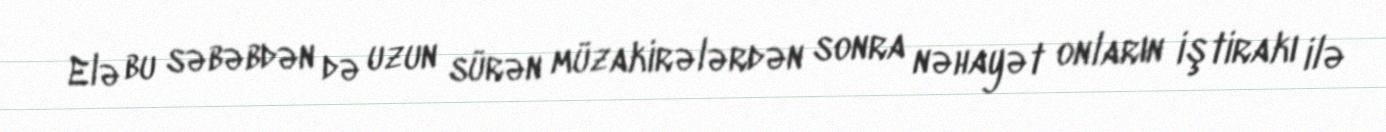
Elə bu səbəbdən də uzun sürən müzakirələrdən sonra nəhayət onların iştirakı ilə